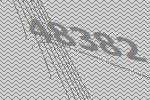
48382